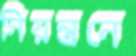
নিয়ন্ত্রনে